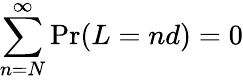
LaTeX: \sum_{n=N}^{\infty}\operatorname*{Pr}(L=nd)=0